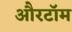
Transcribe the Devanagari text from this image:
औरटॉम